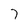
Character: 7